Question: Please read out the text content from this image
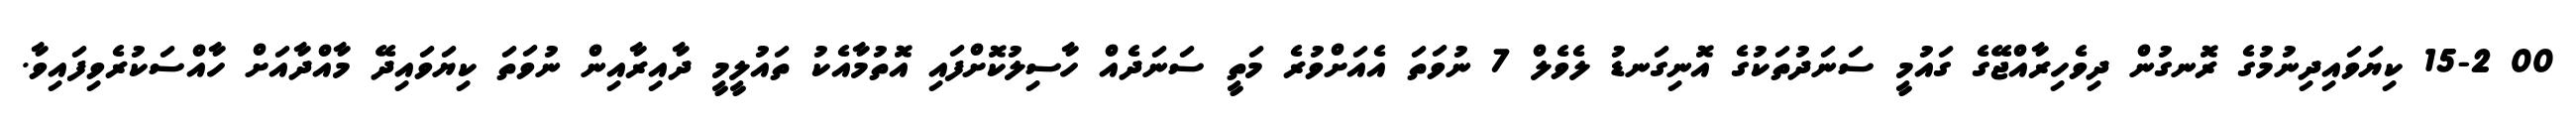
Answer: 00 15-2 ކިޔަވައިދިނުމުގެ ރޮނގުން ދިވެހިރާއްޖޭގެ ގައުމީ ސަނަދުތަކުގެ އޮނިގަނޑު ލެވެލް 7 ނުވަތަ އެއަށްވުރެ މަތީ ސަނަދެއް ހާސިލުކޮށްފައި އޮތުމާއެކު ތައުލީމީ ދާއިރާއިން ނުވަތަ ކިޔަވައިދޭ މާއްދާއަށް ހާއްސަކުރެވިފައިވާ.